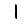
Digit: 1